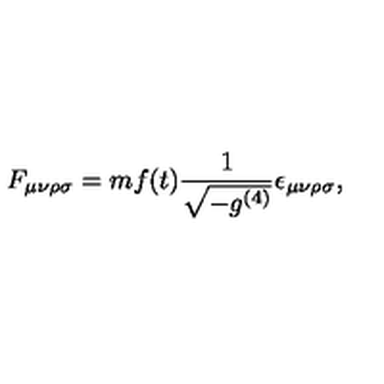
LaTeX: F _ { \mu \nu \rho \sigma } = m f ( t ) \frac { 1 } { \sqrt { - g ^ { ( 4 ) } } } \epsilon _ { \mu \nu \rho \sigma } ,